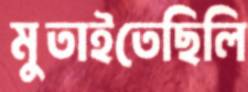
মুতাইতেছিলি